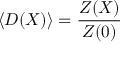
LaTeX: \left. \langle { \cal D } ( X ) \rangle = \frac { Z ( X ) } { Z ( 0 ) } \right.